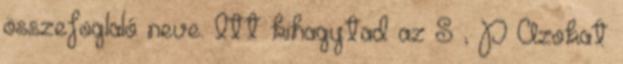
összefoglaló neve. Itt kihagytad az S , P Azokat